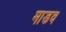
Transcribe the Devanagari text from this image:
माडव